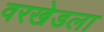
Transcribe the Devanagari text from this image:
वरखेडला